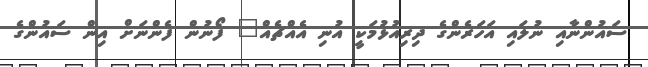
ސައުންނާއި ނުލައި އަހަރެންގެ ދިރިއުޅުމަކީ އުނި އެއްޗެއް" ފޯނުން ފެންނަށް އިން ސައުންގެ